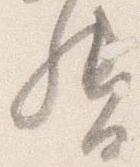
督